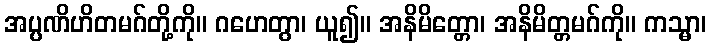
အပ္ပဏိဟိတမဂ်တို့ကို။ ဂဟေတွာ၊ ယူ၍။ အနိမိတ္တော၊ အနိမိတ္တမဂ်ကို။ ကသ္မာ၊